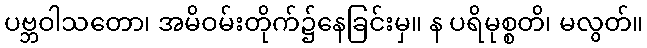
ပဗ္ဘဝါသတော၊ အမိဝမ်းတိုက်၌နေခြင်းမှ။ န ပရိမုစ္စတိ၊ မလွတ်။